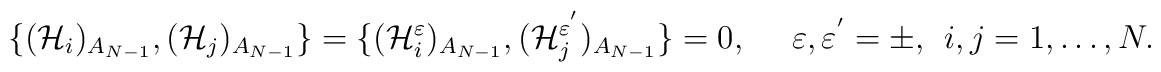
\{(\mathcal{H}_{i})_{A_{N-1}},(\mathcal{H}_{j})_{A_{N-1}}\}=\{(\mathcal{H}_{i}^{\varepsilon })_{A_{N-1}},(\mathcal{H}_{j}^{\varepsilon ^{^{\prime}}})_{A_{N-1}}\}=0,\ \ \ \ \ \ \varepsilon ,\varepsilon^{^{\prime }}=\pm ,\\ \ \ i,j=1,\ldots ,N.